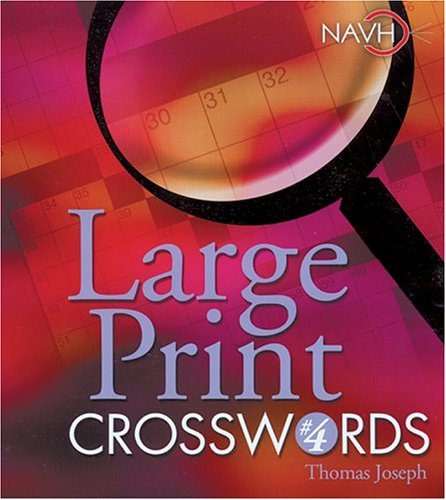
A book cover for Large Print Crosswords #4; Thomas Joseph; Humor & Entertainment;